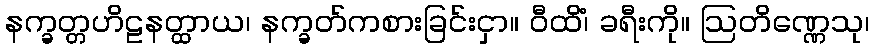
နက္ခတ္တဟိဠနတ္ထာယ၊ နက္ခတ်ကစားခြင်းငှာ။ ဝီထိံ၊ ခရီးကို။ ဩတိဏ္ဏေသု၊